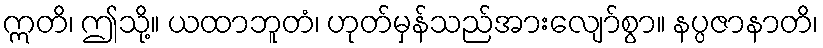
ဣတိ၊ ဤသို့။ ယထာဘူတံ၊ ဟုတ်မှန်သည်အားလျော်စွာ။ နပ္ပဇာနာတိ၊